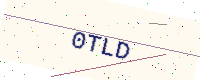
Text: 0TLD